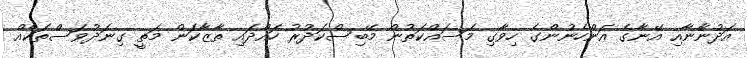
އަދުނާނާއި އޭނާގެ އަންހެނުންގެ ހިވާގި މަސައްކަތުން މޭބިސްކަދުރު ހައްދައި ތާޒާކަން މަތީ ގިނަދުވަސްތަކެއް